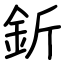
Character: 釿